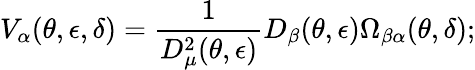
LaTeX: V_{\alpha}(\theta,\epsilon,\delta)=\frac{1}{D_{\mu}^{2}(\theta,\epsilon)}D_{\beta}(\theta,\epsilon)\Omega_{\beta\alpha}(\theta,\delta);